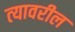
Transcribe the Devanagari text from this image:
त्‍यावरील